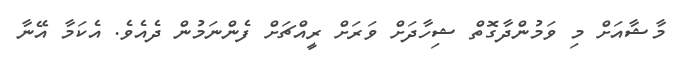
މާޝާއަށް މި ވަމުންދާގޮތް ޝިހާދަށް ވަރަށް ރީއްޗަށް ފެންނަމުން ދެއެވެ. އެކަމާ އޭނާ